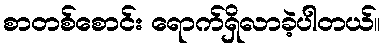
စာတစ်စောင်း ရောက်ရှိလာခဲ့ပါတယ်။